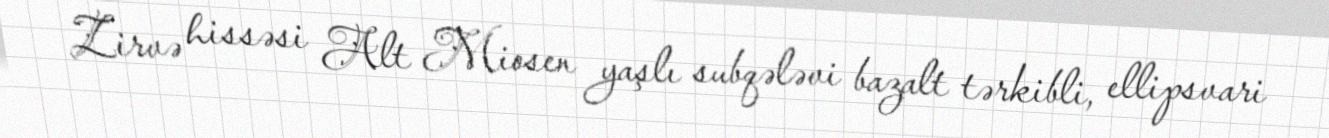
Zirvə hissəsi Alt Miosen yaşlı subqələvi bazalt tərkibli, ellipsvari